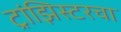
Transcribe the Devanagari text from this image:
ट्रांझिस्टरचा